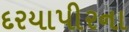
દરયાપીરના